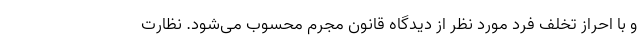
و با احراز تخلف فرد مورد نظر از دیدگاه قانون مجرم محسوب می‌شود. نظارت